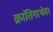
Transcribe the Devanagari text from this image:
क्रांतिगाथेवर